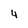
Character: 4